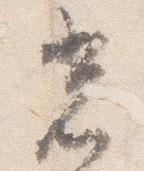
光